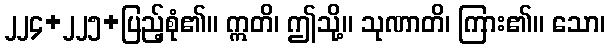
၂၂၄+၂၂၅+ပြည့်စုံ၏။ ဣတိ၊ ဤသို့။ သုဏာတိ၊ ကြား၏။ သော၊